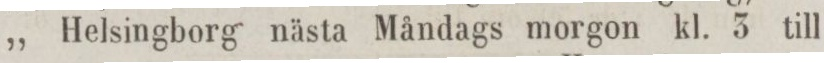
„ Helsingborg nästa Måndags morgon kl. 3 till